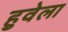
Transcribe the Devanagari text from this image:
हुवेला